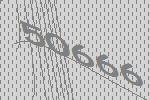
50666